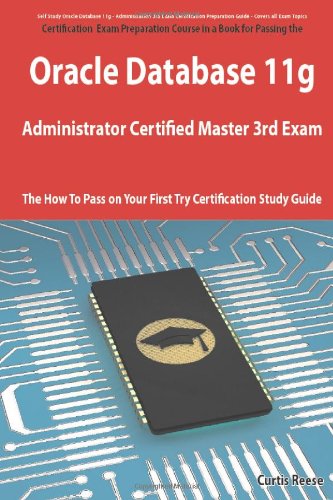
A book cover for Oracle Database 11g Administrator Certified Master Third Exam Preparation Course in a Book for Passing the 11g OCM Exam - The How To Pass on Your First Try Certification Study Guide; Curtis Reese; Computers & Technology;